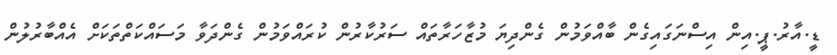
ޑީ.އާރު.ޕީ.އިން އިސްނަގައިގެން ބާއްވަމުން ގެންދިޔަ މުޒާހަރާތައް ސަރުކާރުން ކުރައްވަމުން ގެންދަވާ މަސައްކަތްތަކަށް އެއްބާރުލުން